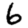
Digit: 6